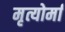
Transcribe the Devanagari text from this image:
मृत्योर्मा